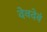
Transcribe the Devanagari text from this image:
देवदेवं